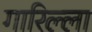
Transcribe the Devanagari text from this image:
गारिल्ला